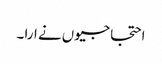
احتجاجیوں نے ارا ۔